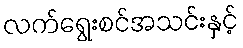
လက်ရွေးစင်အသင်းနှင့်